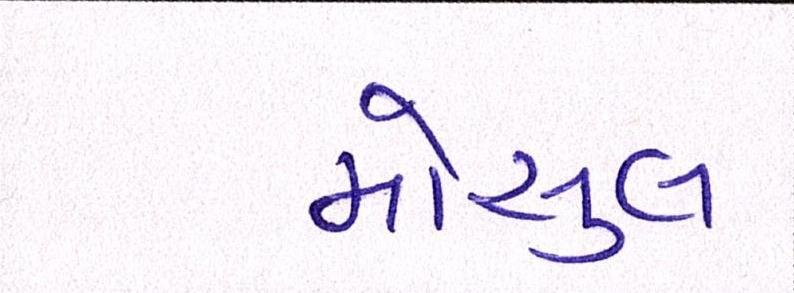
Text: મોસુલ